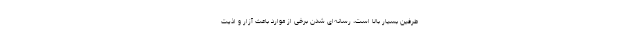
طرفین بسیار بالا است، رسانه‌ای شدن برخی از موارد باعث آزار و اذیت